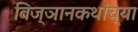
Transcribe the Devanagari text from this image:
विज्ञानकथांच्या